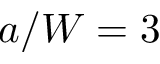
a / W = 3